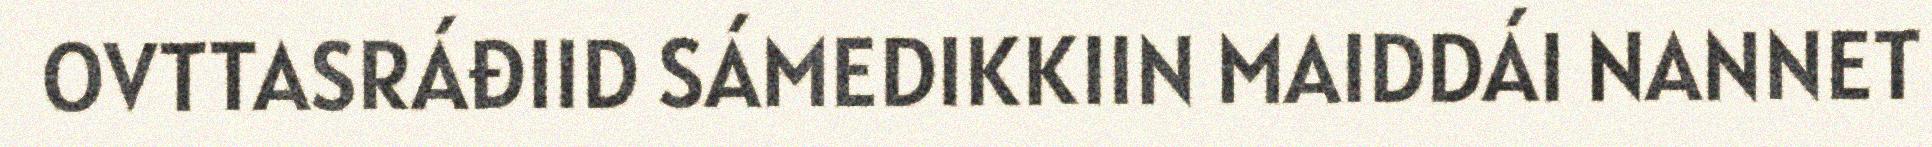
OVTTASRÁĐIID SÁMEDIKKIIN MAIDDÁI NANNET